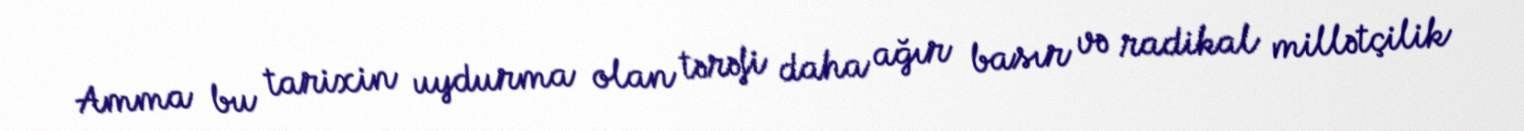
Amma bu tarixin uydurma olan tərəfi daha ağır basır və radikal millətçilik